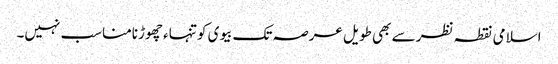
اسلامی نقطہ نظر سے بھی طویل عرصہ تک بیوی کو تنہاء چھوڑنامناسب نہیں۔